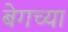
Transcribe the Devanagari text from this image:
बेगच्या